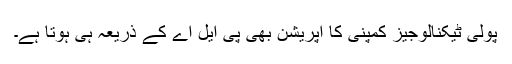
پولی ٹیکنالوجیز کمپنی کا آپریشن بھی پی ایل اے کے ذریعہ ہی ہوتا ہے۔